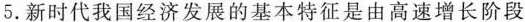
5.新时代我国经济发展的基本特征是由高速增长阶段